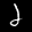
Label: 2